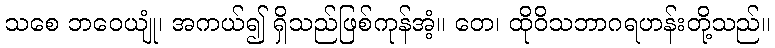
သစေ ဘဝေယျုံ၊ အကယ်၍ ရှိသည်ဖြစ်ကုန်အံ့။ တေ၊ ထိုဝိသဘာဂရဟန်းတို့သည်။